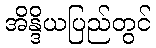
အိန္ဒိယပြည်တွင်